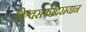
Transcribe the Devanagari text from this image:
विश्वसफरेदरम्यान